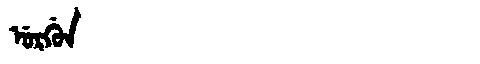
Manchu: ᡠᡵᡤᡠᠨ
Romanization: URGUN